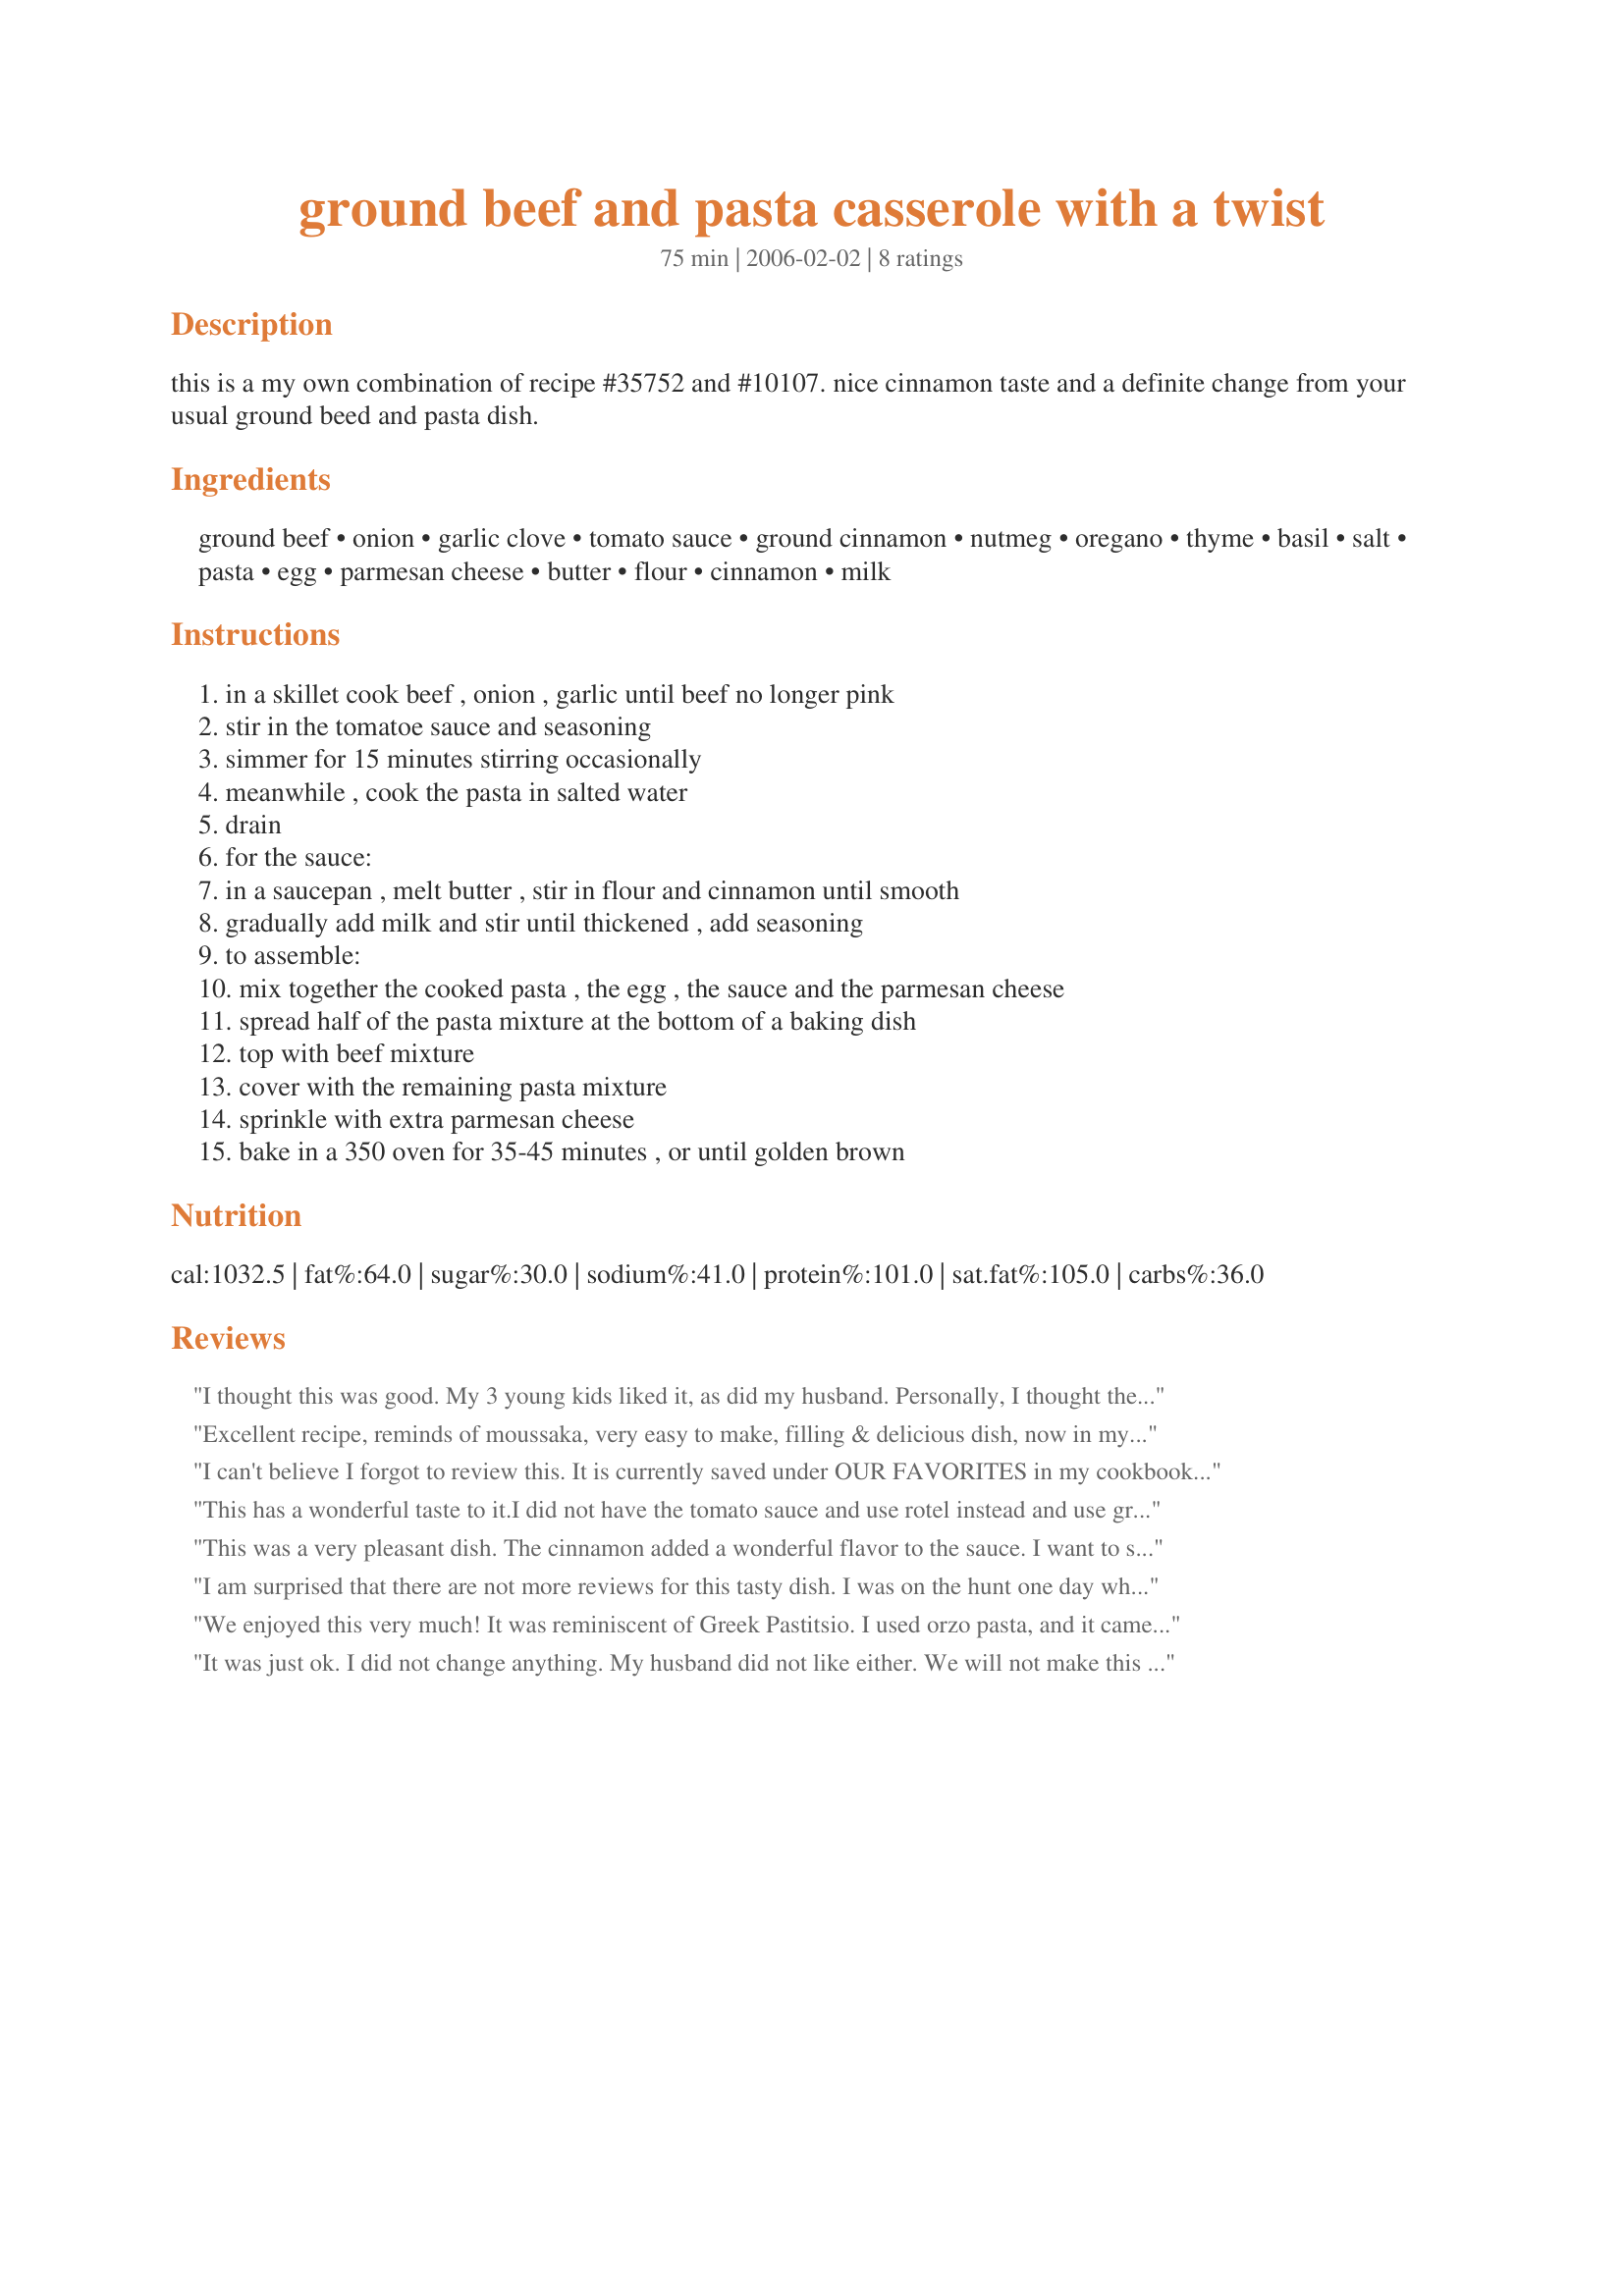
ground beef and pasta casserole with a twist
Preparation time: 75 minutes

this is a my own combination of recipe #35752 and #10107. nice cinnamon taste and a definite change from your usual ground beed and pasta dish.

Ingredients:
ground beef, onion, garlic clove, tomato sauce, ground cinnamon, nutmeg, oregano, thyme, basil, salt, pasta, egg, parmesan cheese, butter, flour, cinnamon, milk

Steps:
in a skillet cook beef , onion , garlic until beef no longer pink, stir in the tomatoe sauce and seasoning, simmer for 15 minutes stirring occasionally, meanwhile , cook the pasta in salted water, drain, for the sauce:, in a saucepan , melt butter , stir in flour and cinnamon until smooth, gradually add milk and stir until thickened , add seasoning, to assemble:, mix together the cooked pasta , the egg , the sauce and the parmesan cheese, spread half of the pasta mixture at the bottom of a baking dish, top with beef mixture, cover with the remaining pasta mixture, sprinkle with extra parmesan cheese, bake in a 350 oven for 35-45 minutes , or until golden brown

Reviews:
I thought this was good. My 3 young kids liked it, as did my husband. Personally, I thought the white sauce was a little bland (could be a problem with pregnancy and tastebuds). Overall, it was good, I'd make it again, and the cinnamon does make it different from the typical pasta sauce.
Excellent recipe, reminds of moussaka, very easy to make, filling & delicious dish, now in my favorite recipes.
I can't believe I forgot to review this. It is currently saved under OUR FAVORITES in my cookbook. It is a pleasant change/twist to the normal ground beef cassarole. It even tastes okay with Ground turkey. I used wheat rotini noodles in mine too. Thanks for a crowd pleaser!
This has a wonderful taste to it.I did not have the tomato sauce and use rotel instead and use grated cheese instead of the parmesan on of it.I use lasagna noodles.I will make this again. It is that good. chef#220151

This was a very pleasant dish. The cinnamon added a 
wonderful flavor to the sauce. I want to share this with all my friends. :)
I am surprised that there are not more reviews for this tasty dish. I was on the hunt one day when I had a lb of ground beef in the fridge. I was getting sick of the usual meatballs or meatloaf or sloppy joes so I decided to look for some sort of casserole dish. Most of the recipes I found needed a soup of cream of mushroom soup. I didn't have any on hand and wasn't too thrilled about adding a ton of sodium to my dinner and then I stumbled across this recipe.

Wow...I was a bit scared that the cinnamon might be too overpowering, but it is not. It is perfect and subtle. My husband also loved this recipe. Thanks so much for posting it!
We enjoyed this very much! It was reminiscent of Greek Pastitsio. I used orzo pasta, and it came out great! Thanks for sharing!
It was just ok. I did not change anything. My husband did not like either. We will not make this again.
